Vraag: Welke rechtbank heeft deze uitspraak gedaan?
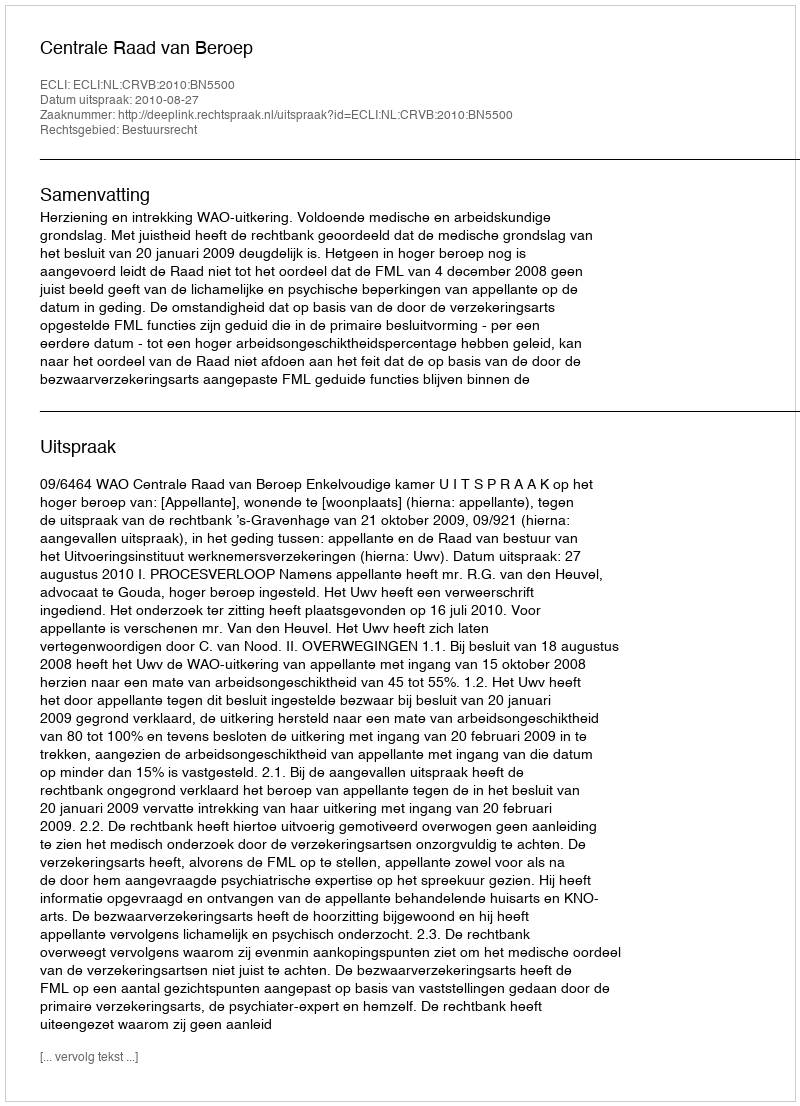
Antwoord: Centrale Raad van Beroep